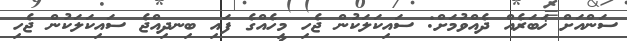
ސަންއަށް ޚަބަރެއް ދެއްވުމަށް: ސައިކަލަކުން ޖެހި މީހެއްގެ ފައި ބިނދިއްޖެ ސައިކަލަކުން ޖެހި